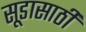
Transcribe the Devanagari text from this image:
सूडासाठी